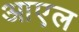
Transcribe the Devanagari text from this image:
आएल